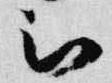
被